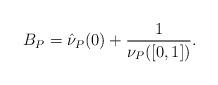
LaTeX: \begin{align*}B_P=\hat\nu_P(0)+\frac1{\nu_P([0,1])}.\end{align*}